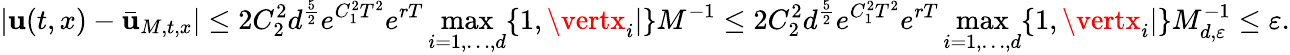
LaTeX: \vert\mathbf{u}(t,x)-\bar{{\mathbf{u}}}_{M,t,x}\vert\leq2C_{2}^{2}d^{\frac{{5}}{{2}}}e^{C_{1}^{2}T^{2}}e^{rT}\operatorname*{max}_{i=1,\ldots,d}\{ 1,\vertx_{i}\vert\} M^{-1}\leq2C_{2}^{2}d^{\frac{{5}}{{2}}}e^{C_{1}^{2}T^{2}}e^{rT}\operatorname*{max}_{i=1,\ldots,d}\{ 1,\vertx_{i}\vert\} M_{d,{\varepsilon}}^{-1}\leq{\varepsilon}.